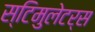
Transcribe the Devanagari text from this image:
स्टिमुलेटर्स